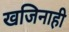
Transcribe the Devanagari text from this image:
खजिनाही